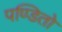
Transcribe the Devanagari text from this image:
पण्डितो